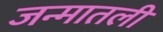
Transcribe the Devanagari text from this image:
जन्मातली